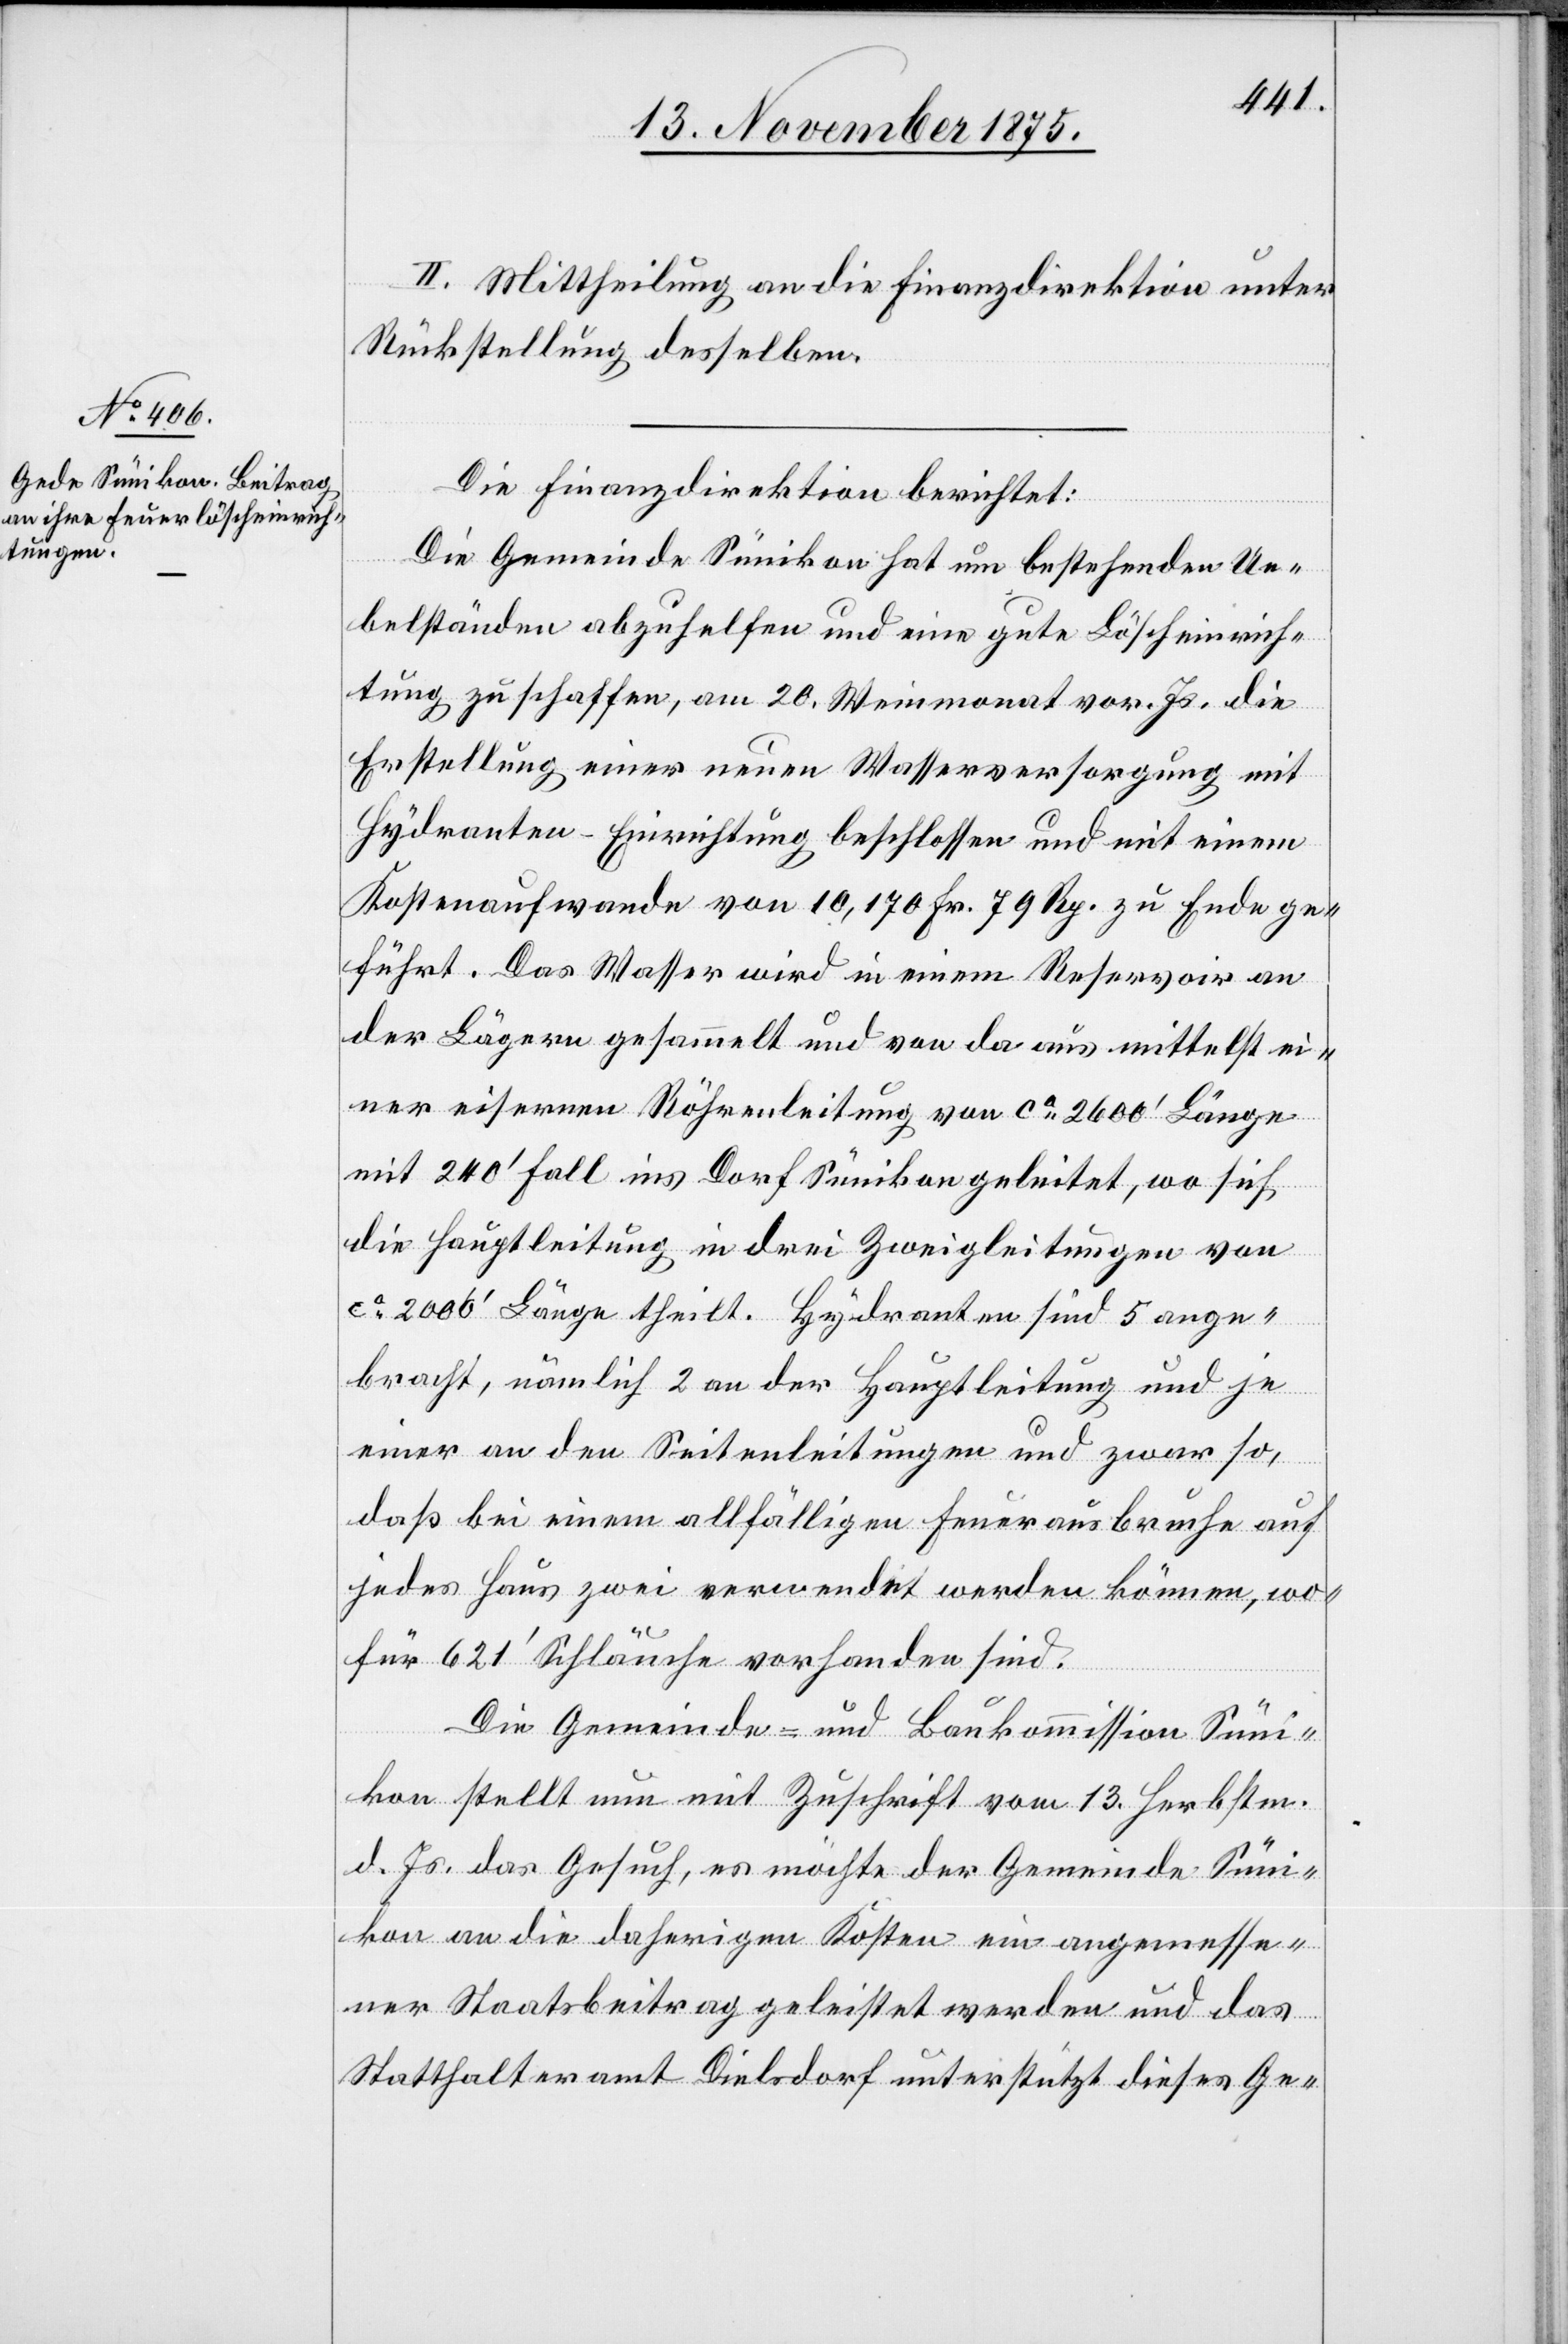
hrt.
II. Mittheilung an die Finanzdirektion unter
Rückstellung desselben.
Die Finanzdirektion berichtet:
Die Gemeinde Sünikon hat um bestehenden Ue¬
belständen abzuhelfen und eine gute Löscheinrich¬
tung zu schaffen, am 20. Weinmonat vor. Js. die
Erstellung einer neuen Wasserversorgung mit
Hydranten-Einrichtung beschlossen und mit einem
Kostenaufwande von 10,170 Fr. 79 Rp. zu Ende gefü¬
der Lägern gesammelt und von da aus mittelst ei¬
ner eisernen Röhrenleitung von ca 2600‘ Länge
mit 240‘ Fall ins Dorf Sünikon geleitet, wo sich
die Hauptleitung in drei Zweigleitungen von
ca 2000‘ Länge theilt. Hydranten sind 5 ange¬
bracht, nämlich 2 an der Hauptleitung und je
einer an den Seitenleitungen und zwar so,
daß bei einem allfälligen Feuerausbruche auf
jedes Haus zwei verwendet werden können, wo¬
für 621’ Schläuche vorhanden sind.
Die Gemeinde- und Baukommission Süni¬
kon stellt nun mit Zuschrift vom 13. Herbstm.
d. Js. das Gesuch, es möchte der Gemeinde Süni¬
kon an die daherigen Kosten ein angemesse¬
ner Staatsbeitrag geleistet werden und das
Statthalteramt Dielsdorf unterstützt dieses Ge-